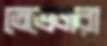
তেভেজরা